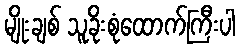
မျိုးချစ် သူခိုးစုံထောက်ကြီးပါ